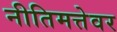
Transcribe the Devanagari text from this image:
नीतिमत्तेवर